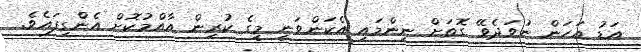
އަޑު އަހަން ނުވަދެވޭ ގޮތަށް ނިންމައި އެކަންވަނީ މީގެ ކުރިން އާއްމުކޮށް އެންގިފައެވެ.